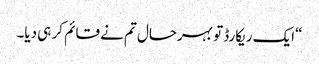
“ایک ریکارڈ تو بہرحال تم نے قائم کر ہی دیا۔